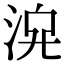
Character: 𣴁